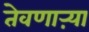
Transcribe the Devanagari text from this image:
तेवणाऱ्या